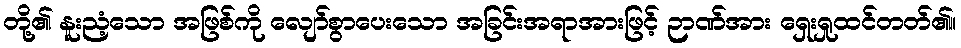
တို့၏ နူးညံ့သော အဖြစ်ကို လျော်စွာပေးသော အခြင်းအရာအားဖြင့် ဉာဏ်အား ရှေးရှုထင်တတ်၏။